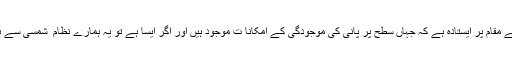
یہ سیا رہ اپنے نظامِ شمسی میں ایسے مقام پر ایستادہ ہے کہ جہاں سطح پر پانی کی موجودگی کے امکانا ت موجود ہیں اور اگر ایسا ہے تو یہ ہمارے نظام ِ شمسی سے باہر یہ قریب ترین سیارہ ثابت ہوگا۔